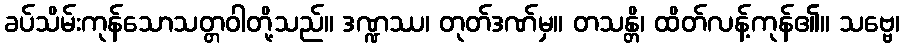
ခပ်သိမ်းကုန်သောသတ္တဝါတို့သည်။ ဒဏ္ဍဿ၊ တုတ်ဒဏ်မှ။ တသန္တိ၊ ထိတ်လန့်ကုန်၏။ သဗ္ဗေ၊